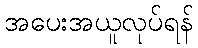
အပေးအယူလုပ်ရန်